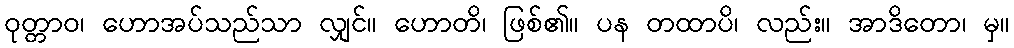
ဝုတ္တာဝ၊ ဟောအပ်သည်သာ လျှင်။ ဟောတိ၊ ဖြစ်၏။ ပန တထာပိ၊ လည်း။ အာဒိတော၊ မှ။